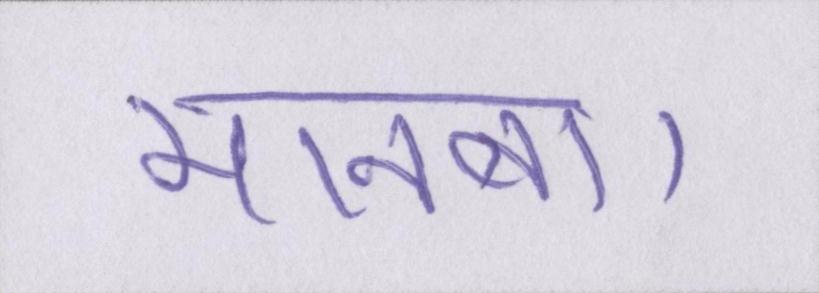
मानना।